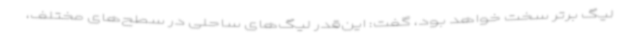
لیگ برتر سخت خواهد بود، گفت: این‌قدر لیگ‌های ساحلی در سطح‌های مختلف،